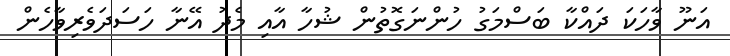
އަނޫ ވާހަކަ ދައްކާ ބަސްމަގު ހުންނަގޮތުން ޝުހާ އާއި މެދު އޭނާ ހަސަދަވެރިވާހެން